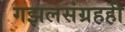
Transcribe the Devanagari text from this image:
गझलसंग्रहही